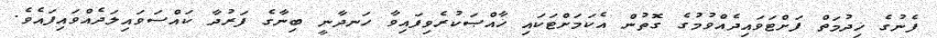
ފެނުގެ ޚިދުމަތް ފަށްޓަވައިދެއްވުމުގެ ގޮތުން އެކަމަށްޓަކައި ޚާއްޞަކުރެވިފައިވާ ހަނދާނީ ބިނާގެ ފަރުދާ ކައްސަވައިލަދެއްވައިފައެވެ.